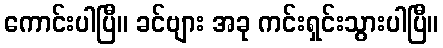
ကောင်းပါပြီ။ ခင်ဗျား အခု ကင်းရှင်းသွားပါပြီ။